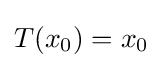
T(x_{0})=x_{0}